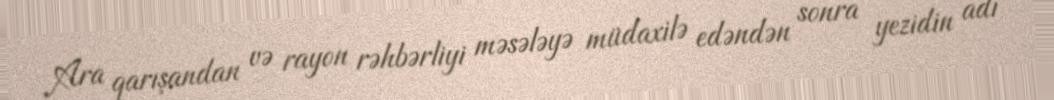
Ara qarışandan və rayon rəhbərliyi məsələyə müdaxilə edəndən sonra yezidin adı